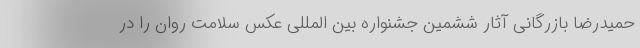
حمیدرضا بازرگانی آثار ششمین جشنواره بین المللی عکس سلامت روان را در